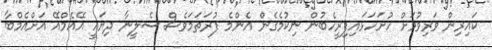
ކައިރިން ވަރިވުމަށް ހުށަހަޅައިފިރީހެބުން ނިކުމެގެން އެންމެ ފުރަތަމަވެސް ސެލީނާ ދިޔައީ އޭއެމްއޭ އަށްއެމްބާ